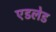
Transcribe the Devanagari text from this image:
एडलेड